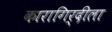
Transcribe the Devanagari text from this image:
कारागिर्दीला